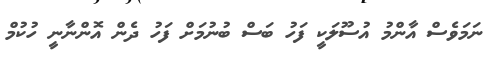
ނަމަވެސް އާންމު އުސޫލަކީ ފަހު ބަސް ބުނުމަށް ފަހު ދެން އޮންނާނީ ހުކުމް